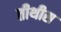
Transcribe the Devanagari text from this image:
तीथीस